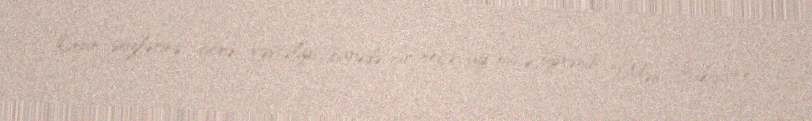
Onun sözlərinə görə, xəstəliyi barədə bir neçə ay öncə öyrənib: "Mən Bakıda və